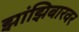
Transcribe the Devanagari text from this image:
झांझिबारवर